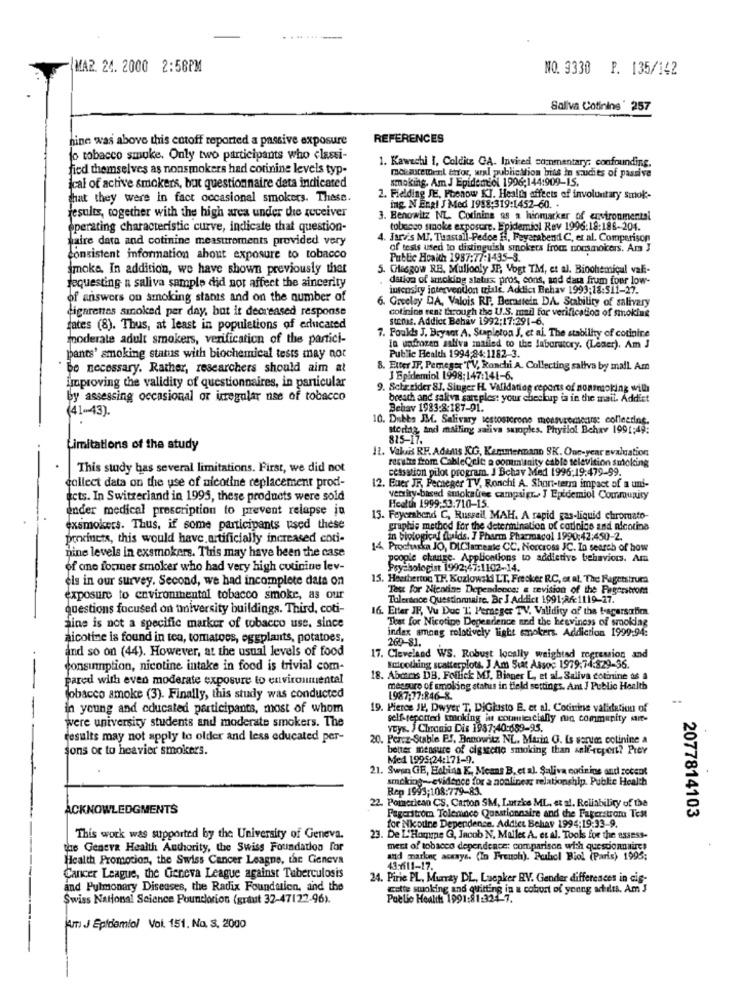
MAR. 24. 2000 2:56PM
NO. 9330 P. 135/142
Saliva Cotining ' 257
nine was above this cutoff reported a passive exposure
REFERENCES
fo tobacco smoke. Only two participants who classi-
1. Kawechi I, Colditz GA. Inviced commentary: confounding,
fied themselves as nonsmokers had corinine levels typ-
ical of active smokers, but questionnaire deta indicated
smoking. Am J Epidemiol 1996;144:909-15.
moi surement error, wal publication bias In suchits of passive
that they were in fact occasional smokers. These.
2. Fielding JE, Fbonow KJ. Health effects of involuntary smok-
ing. N Engl J Med 1988:319:1452-60. .
results, together with the high area under die receiver
3. Benowitz NL. Cotining as a hiomarker of environmental
operating characteristic curve, indicate that question-
tobacco smoke exposure. Epidemiol Rev 1996:18:188-204.
paire data and cotinine measurements provided very
4. Jarvis MJ. Tuastall-Pedoe Hi, Feyerabend C, et al. Comparison
of tests used to distinguish smokers from nonsmokers. Am J
consistent information about exposure to tobacco
Public Health 1987:77:1435-3.
smoke. In addition, we have shown previously thet
5. Glasgow RE, Mullooly JP, Vogt TM, et al. Biochemical vali-
dation of smoking status pros, cons, and data frum four low-
requesting a saliva sample did not affect the sincerity
intensity intervention tiale. Addict Behav 1993;18:511-27.
of answers on smoking stants and on the number of
6. Greeley DA, Valois RP, Bernstein DA. Stability of salivary
digarenes smoked per day, but it decreased response
cotining rent through the U.S. mail for verification of smoking
StDIS. Addict Behav 1992:17:291-6.
fates (8). Thus, at least in populations of educated
7. Foulds J. Bryant A. Stapleton J. et al. The stability of cotinine
moderate adult smokers, verification of the partici-
la unfrozen saliva mailed to the laboratory. (Lener). Am J
pants' smoking status with biochemical tests may not
Public Health 1994,94:1182-3.
be necessary. Rather, researchers should aim at
Etter JF. Pemeser TV, Ronchi A. Collecting saliva by mail. Am
J Epidemiol 1998;147:141-6.
improving the validity of questionnaires, in particular
9. Schreider SJ. Siuger HL. Validating reports of nonsmoking will
by assessing occasional or irregular nse of tobacco
breath and saltva sar plest your checkup is in the mail. Addict
(41-43).
Behav 1983:8:187-91.
10. Dubts JM. Salivary testosterone mossvremeans: colleerine.
stortag, and mailing saliva samples. Phyilol Behav 1991:49:
815-17.
Limitations of the study
12. Valis RF. Adams KG, Kemmermano SK. One-year evaluation
results from CableQele a commisnity cable television smoking
This study has several limitations. First, we did not
cessation pilot program. J Bchav Med 1996:19:479-99.
collect data on the use of nicotine replacement prodi-
12. Euer JF, Peceger TV, Ronchi A. Short-term impact of a uni-
acts. In Switzerland in 1995, these products were sold
versity-based smokauree campsigr ., J Epidemiol Community
onder medical prescription to prevent relapse in
Heath 1999-53.710-15.
13. Feyerabend C, Russell MAH. A rapid gas-liquid chromato-
exsmokers. Thus, if some participants psed these
graphis method for the determination of codnice and nicotine
precincts, this would have artificially increased coti-
in biological fluids. I Pharm Pharmacol 1990:42:450-2.
14 Prochuska JO, DIClamesic CC. Norcross JC. In search of how
nine levels in exsmokers. This may have been the case
people change. Applications to addictive behaviors. Am
of one former smoker who had very high cutinine lev-
Psychologist 1992:47:1102-14.
els in our survey. Second, we had incomplete data on
15. Heethertog TH. Kozlowski LT, Frecker RC, et al. The Ragetstruma
Test for Nicotine Dependence: a revision of the Fugerstrom
exposure to environmental tobacco smoke, as our
Tolerance Questionnaire. Br J Addict 1991;86:1119-27.
questions focused on university buildings. Third, coti-
16. Etter JF, Vu Duc T; Perneger TV, Validity of the tagersubir
Test for Nicotine Dependence and the heaviness of smoking
aine is not a specific marker of tobacco use. since
index among relatively light smokers. Addiction 1999:94:
nicotine is found in tea, tomatoes, eggplants, potatoes,
and so on (44). However, at the usual levels of food
269-81.
17. Cleveland WS. Robust locally weighted regression and
consumption, nicotine intake in food is trivial com-
Smoothing scatterplots. J Am Stat Assoc 1979,74:829-36.
Pared with even moderate exposure to environmental
18. Abans DB. Foilick MJ, Bisper L, et al. Saliva cotinine as a
measure of smoldog status in field settings. Ant J Public Health
Tobacco smoke (3). Finally, this study was conducted
1987;77:846-8.
--
in young and educated participants, most of whom
19. Pierce JK, Dwyer T, DiGlasto E, et al. Cotinine validation of
were university students and moderate smokers. The
self-reported smoking in conmilescially nin community mir-
voys. J Chronio Dis 1987:40:689-95.
results may not apply to older and less educated per-
20. Percz-Stable E.f. Banowitz NL. Marin G. Is serums cotinine a
jons or to heavier smokers.
better measure of cigareno smoking than self-report? Prev
Med 1995:24:171-9.
21. Swan GE, Esbina K ., Means B. et al. Saliva codirins and zocent
smoking -- evidence for a noalinear relationship. Public Health
Rep 1993;108:779-83.
22. Pomerican CS, Carton SM, Lutzke ML, et al. Reliability of the
ACKNOWLEDGMENTS
Pagaritrom Tolemace Questionnaire and the Fagerstrom Test
for Nicotine Dependence. Addict Behay 1994:19:33-9.
2077814103
This work was supported by the University of Geneva.
23. De L'Homme Q, Jacob N. Malles A. et al. Tools for the assess-
the Geneva Health Authority, the Swiss Foundation for
mert of tobacco deper.deace: comparison with questionnaires
Health Promotion, the Swiss Cancer League, the Geneva
and markne acenys. (In French). Pulcl Biol (Paris) 1995:
43:1611-17.
Cancer League, the Geneva League against Tuberculosis
24. Pirie PL, Murray DL, Luepker RY. Gender differences in cis-
and Pulmonary Diseases, the Radix Foundation, and the
cette smoking and quitting in a cohort of young achilis. Am J
Swiss National Science Poundorion (graut 32-47122-96).
Public Health 1991:81:324-7.
Am J Epidemiol Voi. 151. No. 3. 2000